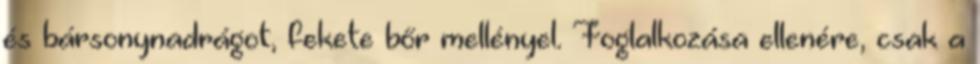
és bársonynadrágot, fekete bőr mellényel. Foglalkozása ellenére, csak a